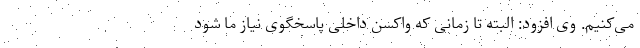
می‌کنیم. وی افزود: البته تا زمانی که واکسن داخلی پاسخگوی نیاز ما شود